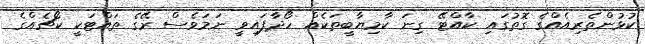
ކުޅުންތެރިއެއްގެ ގޮތުގައި ކާއްޓޭ ގިނަ ކާމިޔާބީތަކެއް ހޯދާފައިވީ ނަމަވެސް ރޭގެ ތައްޓަކީ ކޯޗެއްގެ